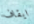
ايقاف